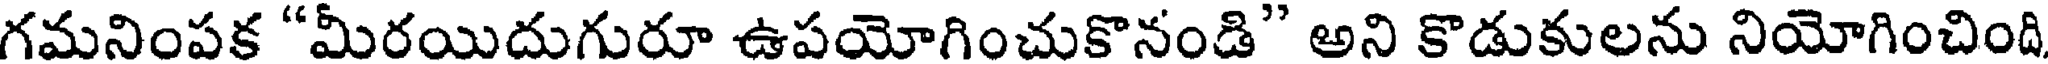
గమనింపక "మీరయిదుగురూ ఉపయోగించుకొనండి" అని కొడుకులను నియోగించింది